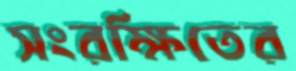
সংরক্ষিতের